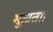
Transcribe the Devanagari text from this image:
सूझता।